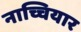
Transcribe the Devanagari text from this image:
नाच्चियार